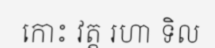
កោះ វត្ត រហា ទិល